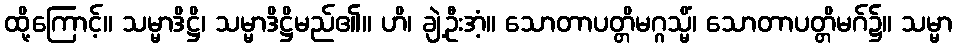
ထို့ကြောင့်။ သမ္မာဒိဋ္ဌိ၊ သမ္မာဒိဋ္ဌိမည်၏။ ဟိ၊ ချဲ့ဦးအံ့။ သောတာပတ္တိမဂ္ဂသ္မိံ၊ သောတာပတ္တိမဂ်၌။ သမ္မာ